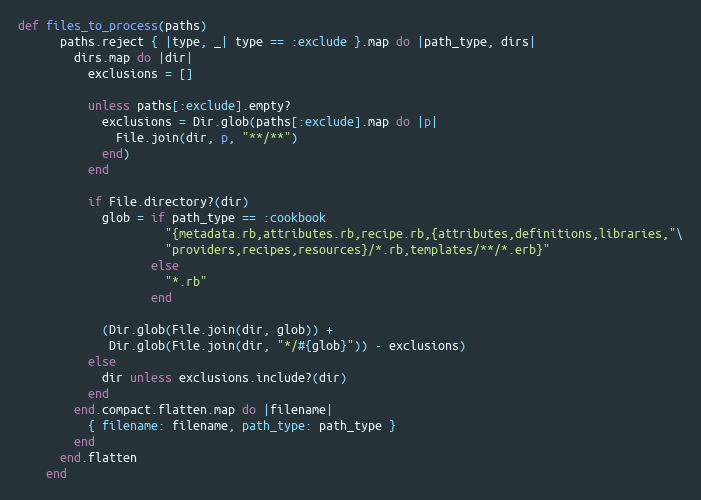
Language: Ruby
def files_to_process(paths)
      paths.reject { |type, _| type == :exclude }.map do |path_type, dirs|
        dirs.map do |dir|
          exclusions = []

          unless paths[:exclude].empty?
            exclusions = Dir.glob(paths[:exclude].map do |p|
              File.join(dir, p, "**/**")
            end)
          end

          if File.directory?(dir)
            glob = if path_type == :cookbook
                     "{metadata.rb,attributes.rb,recipe.rb,{attributes,definitions,libraries,"\
                     "providers,recipes,resources}/*.rb,templates/**/*.erb}"
                   else
                     "*.rb"
                   end

            (Dir.glob(File.join(dir, glob)) +
             Dir.glob(File.join(dir, "*/#{glob}")) - exclusions)
          else
            dir unless exclusions.include?(dir)
          end
        end.compact.flatten.map do |filename|
          { filename: filename, path_type: path_type }
        end
      end.flatten
    end